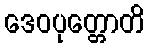
ဒေဝပုတ္တောတိ